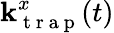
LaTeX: \mathbf{k}_{\mathrm{{~t~r~a~p~}}}^{x}(t)